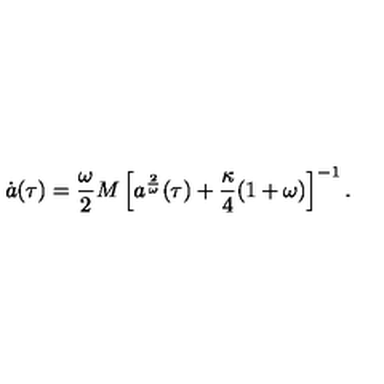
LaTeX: \dot { a } ( { \tau } ) = \frac { \omega } { 2 } M \left[ a ^ { \frac { 2 } { \omega } } ( \tau ) + \frac { \kappa } { 4 } ( 1 + \omega ) \right] ^ { - 1 } .